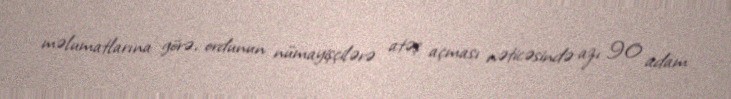
məlumatlarına görə, ordunun nümayişçilərə atəş açması nəticəsində azı 90 adam